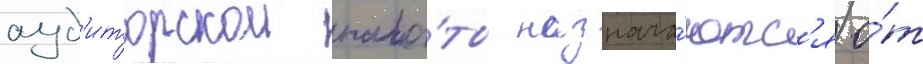
ауд'иторскои пала́ты назнача́ютс'я о́т